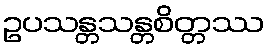
ဥပသန္တသန္တစိတ္တဿ